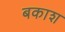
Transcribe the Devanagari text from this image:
बकाश